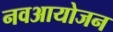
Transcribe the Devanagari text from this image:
नवआयोजन